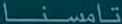
ناستامس